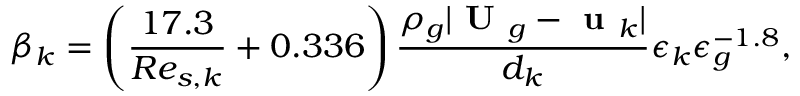
\beta _ { k } = \left( \frac { 1 7 . 3 } { R e _ { s , k } } + 0 . 3 3 6 \right) \frac { \rho _ { g } | \textbf { U } _ { g } - \textbf { u } _ { k } | } { d _ { k } } \epsilon _ { k } \epsilon _ { g } ^ { - 1 . 8 } ,